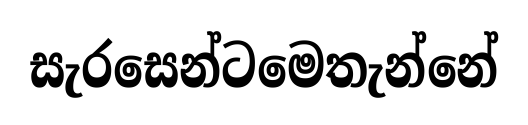
සැරසෙන්ටමෙතැන්නේ